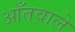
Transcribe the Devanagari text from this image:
आँतवाले